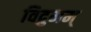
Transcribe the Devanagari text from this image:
विद्रुमम्